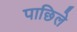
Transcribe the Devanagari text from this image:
पाछिले